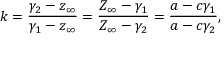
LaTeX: k = { \frac { \gamma _ { 2 } - z _ { \infty } } { \gamma _ { 1 } - z _ { \infty } } } = { \frac { Z _ { \infty } - \gamma _ { 1 } } { Z _ { \infty } - \gamma _ { 2 } } } = { \frac { a - c \gamma _ { 1 } } { a - c \gamma _ { 2 } } } ,